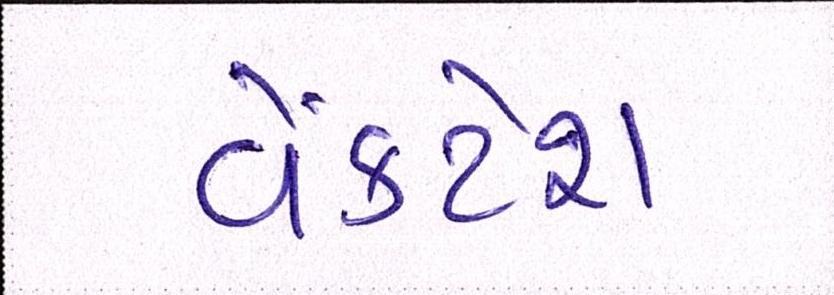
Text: વેંકટેશ